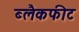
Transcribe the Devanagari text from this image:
ब्लैकफीट